Lunatic asylums Central Provinces reports 1895-1909 - 1895-1909
Year: 1895
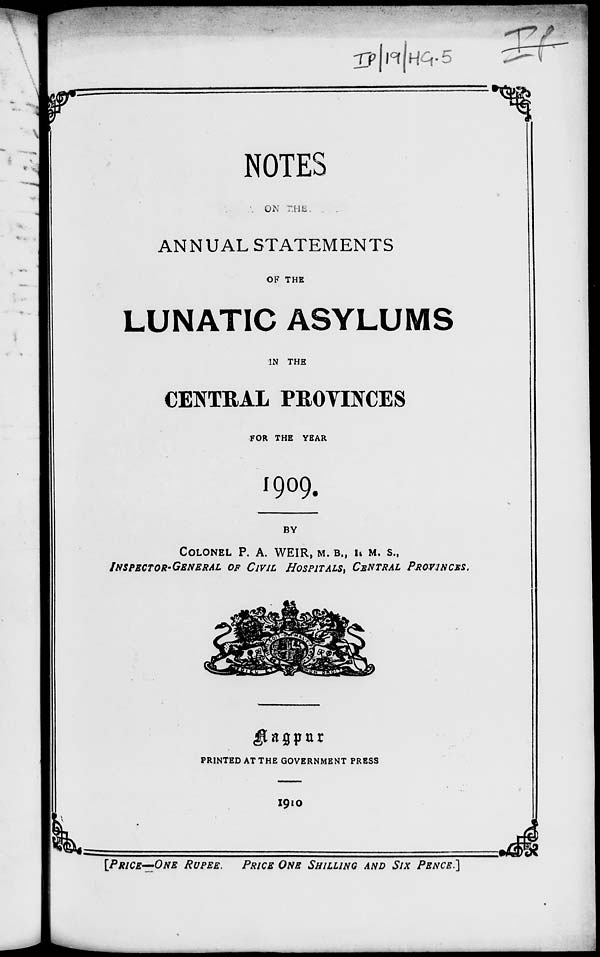
NOTES
ON THE
ANNUAL STATEMENTS
OF THE
LUNATIC ASYLUMS
IN THE
CENTRAL PROVINCES
FOR THE YEAR
1909.
BY
COLONEL P. A. WEIR, M. B., I. M. S.,
INSPECTOR-GENERAL OF CIVIL HOSPITALS, CENTRAL PROVINCES.
PRINTED AT THE GOVERNMENT PRESS
1910
[PRICE—ONE RUPEE. PRICE ONE SHILLING AND SIX PENCE.]